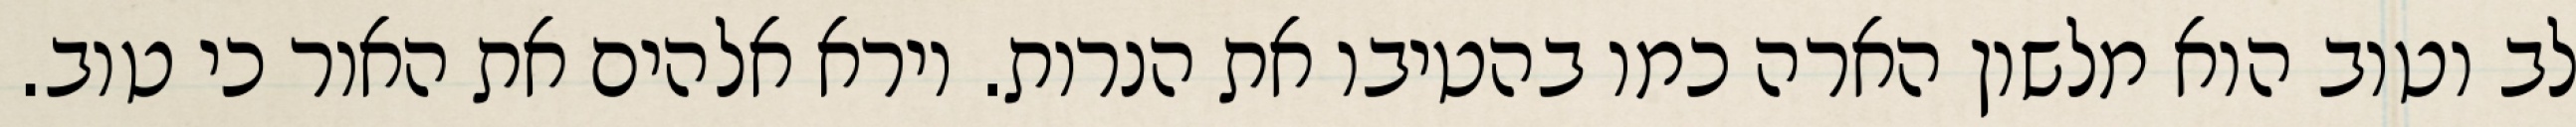
לב וטוב הוא מלשון הארה כמו בהטיבו את הנרות. וירא אלהים את האור כי טוב.